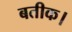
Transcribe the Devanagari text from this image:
बतीक।